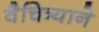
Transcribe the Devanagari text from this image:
वैचित्र्याने